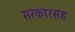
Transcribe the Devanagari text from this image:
सरकारसह